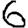
Digit: 6